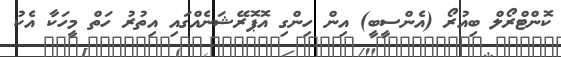
ކޮންޓްރޯލް ބިއުރޯ (އެންސީބީ) އިން ހިންގި އޮޕޮރޭޝަނެއްގައި އިތުރު ހަތް މީހަކާ އެކު